Civil Veterinary Dept. Bombay admin report 1914-1922 - 1914-1922
Year: 1914
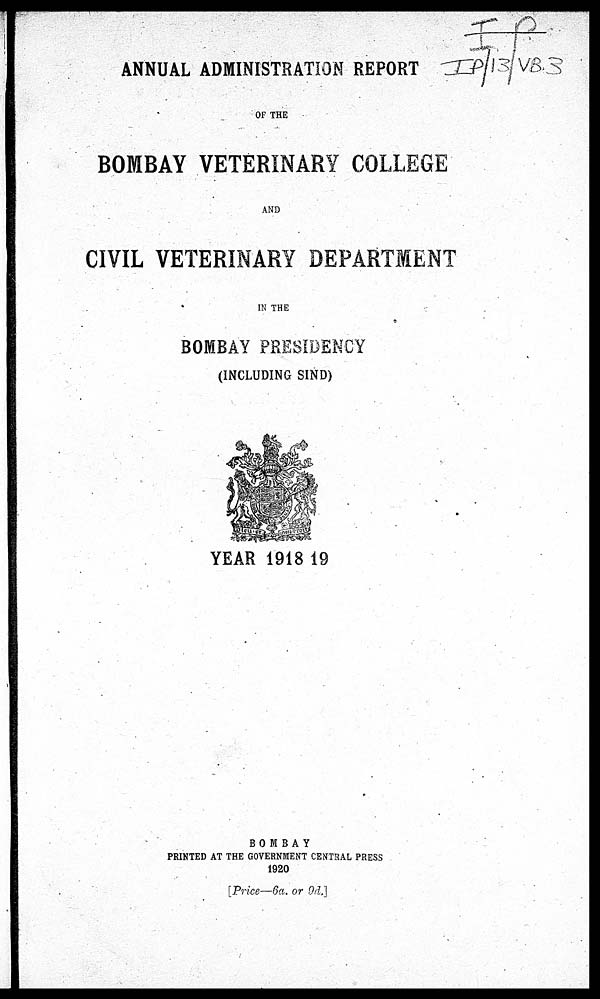
ANNUAL ADMINISTRATION REPORT
OF THE
BOMBAY VETERINARY COLLEGE
AND
CIVIL VETERINARY DEPARTMENT
IN THE
BOMBAY PRESIDENCY
(INCLUDING SIND)
YEAR 1918-19
BOMBAY
PRINTED AT THE GOVERNMENT CENTRAL PRESS
1920
[Price—6a. or 9d.]